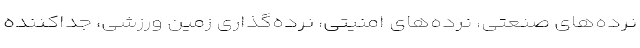
نرده‌های صنعتی، نرده‌های امنیتی، نرده‌گذاری زمین ورزشی، جداکننده